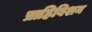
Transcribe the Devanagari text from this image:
प्राहिबिशन